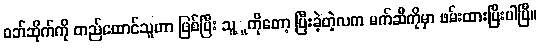
ဝဘ်ဆိုက်ကို တည်ထောင်သူဟာ ဖြစ်ပြီး သူ့ူကိုတော့ ပြီးခဲ့တဲ့လက မက်ဆီကိုမှာ ဖမ်းထားပြီးပါပြီ။